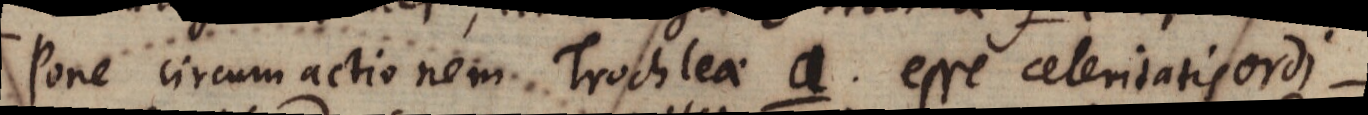
Pone circumactionem Trochleae a esse celeritatis ordi-